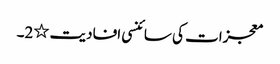
معجزات کی سائنسی افادیت ٭2۔